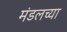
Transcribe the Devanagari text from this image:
मंडलच्या